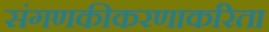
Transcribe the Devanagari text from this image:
संगणकीकरणाकरिता